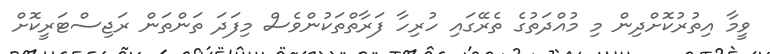
ވީމާ އިތުރުކޮށްދިން މި މުއްދަތުގެ ތެރޭގައި ހުރިހާ ފަރާތްތަކުންވެސް މިފަދަ ތަންތަން ރަޖިސްޓަރީކޮށް